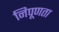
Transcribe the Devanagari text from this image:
निपूणता